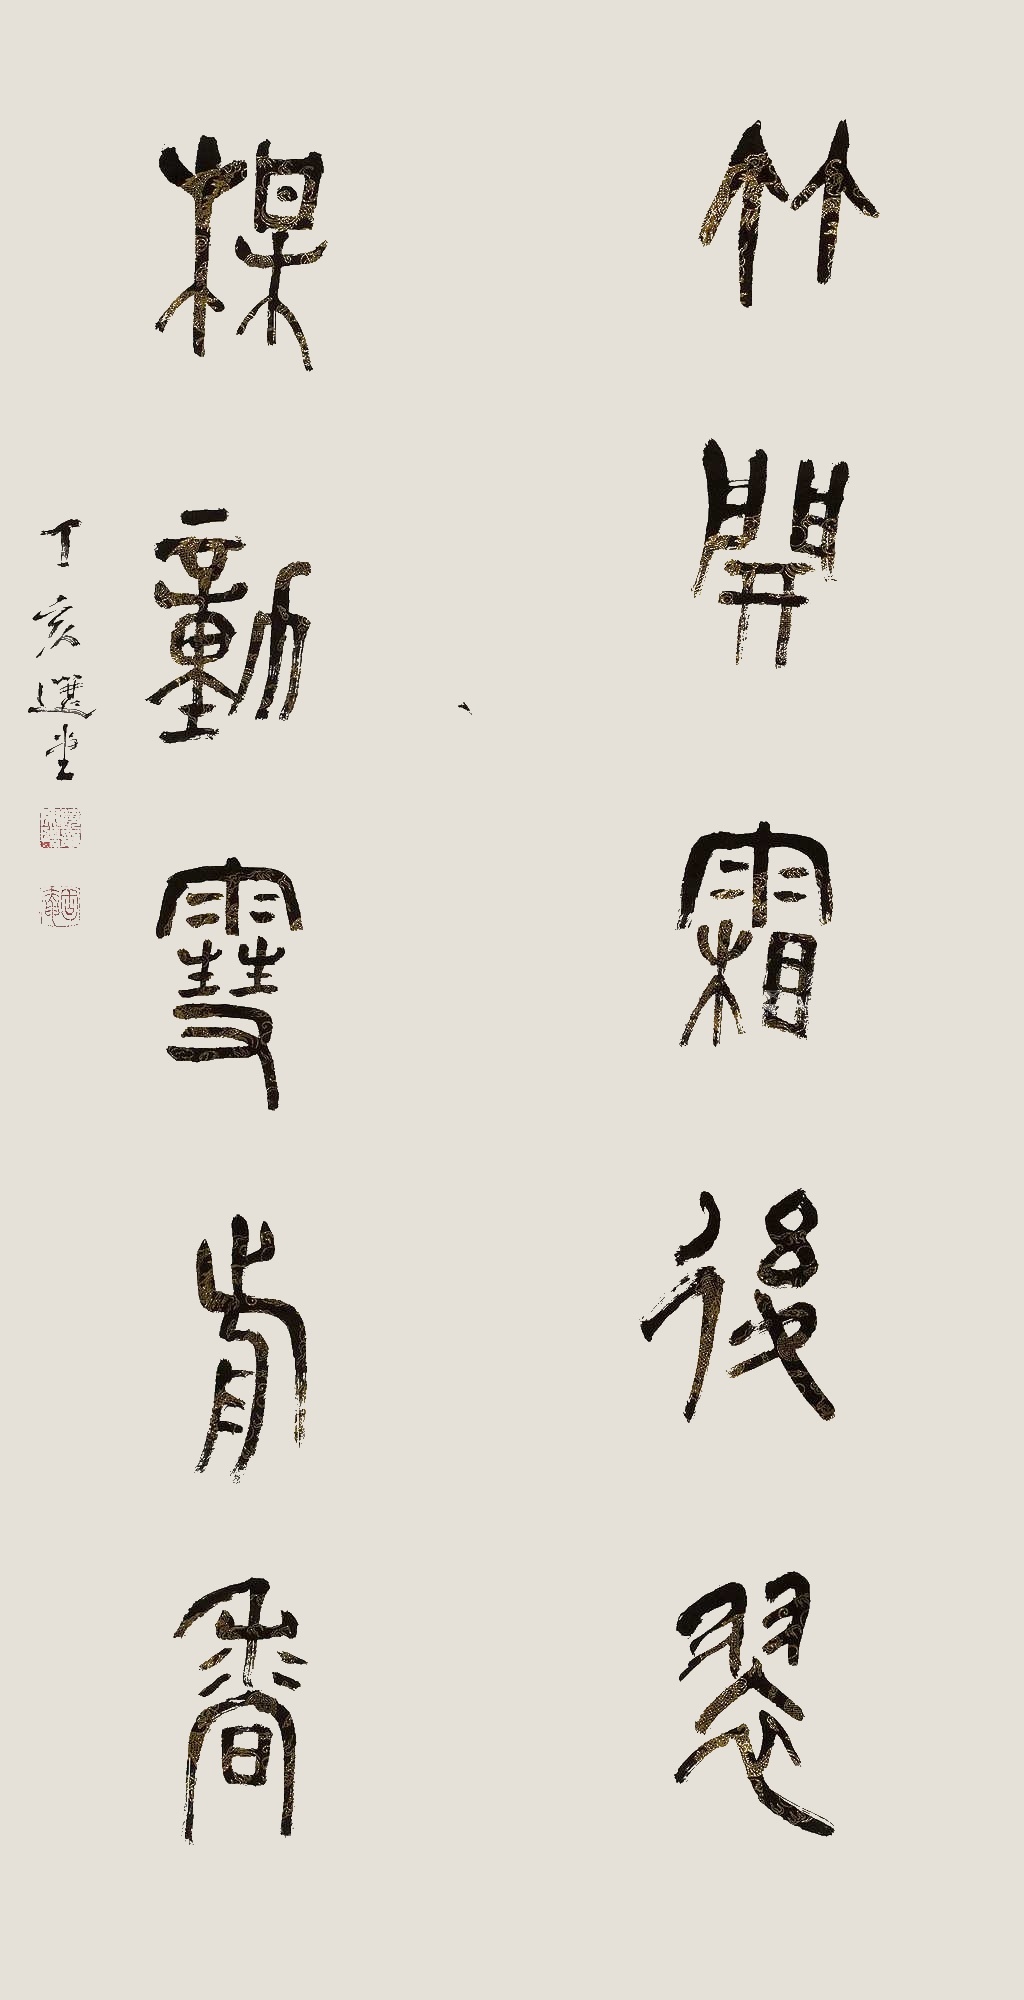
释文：竹开霜后翠，梅动雪前香。丁亥，选堂。